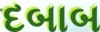
દબાબ